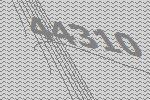
44310